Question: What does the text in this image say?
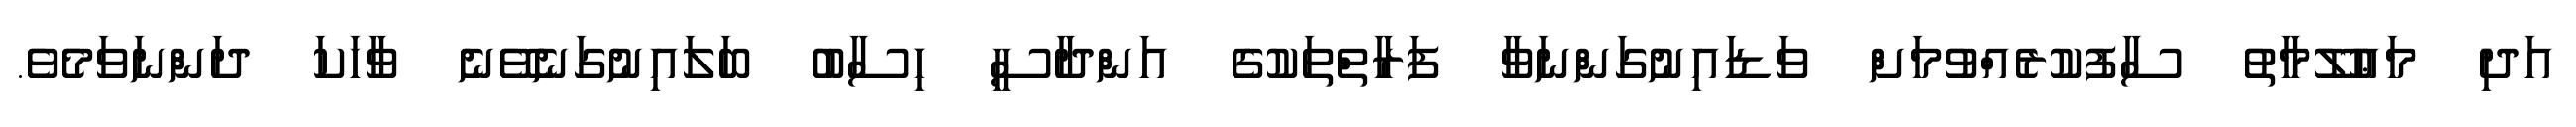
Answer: އަދި މަޢުލޫމާތު ސާފުކުރެއްވުމަށް ވަޑައިނުގަންނަވާ ފަރާތްތަކުގެ އަންދާސީ ހިސާބު ބަލައިނުގަނެވޭނެ ވާހަކަ ދަންނަވަމެވެ.